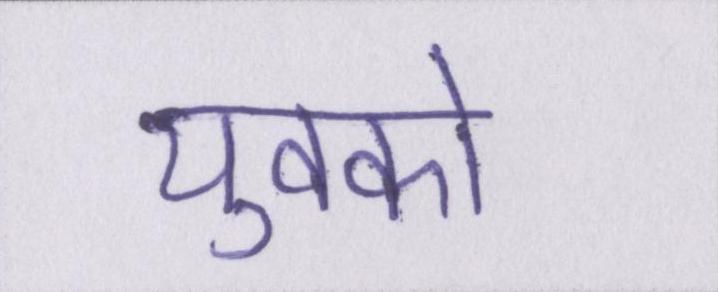
युवको